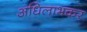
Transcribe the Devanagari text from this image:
अधिलाभकर